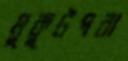
মুকুটপরা